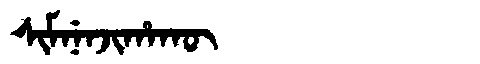
Manchu: ᠰᡳᠮᠨᡝᠨᠵᡳᡥᠠᡴᡡ
Romanization: SIMNENJIHAKŪ